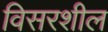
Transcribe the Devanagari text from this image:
विसरशील